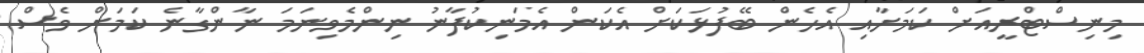
މިނިސްޓްރީއަށް ކަމަށާއި އެހެން ބޭފުޅަކަށް އެކަން އެމަނިކުފާނު ނިންމެވިނަމަ ނާންގާނެ ކަމަށް ވެސް